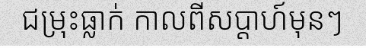
ជម្រុះធ្លាក់ កាលពីសប្តាហ៍មុនៗ